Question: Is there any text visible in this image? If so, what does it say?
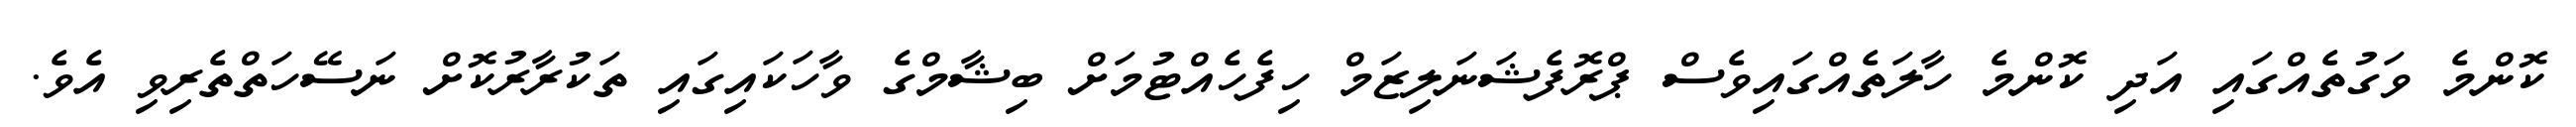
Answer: ކޮންމެ ވަގުތެއްގައި އަދި ކޮންމެ ހާލަތެއްގައިވެސް ޕްރޮފެޝަނަލިޒަމް ހިފެހެއްޓުމަށް ބިޝާމްގެ ވާހަކައިގައި ތަކުރާރުކޮށް ނަސޭހަތްތެރިވި އެވެ.